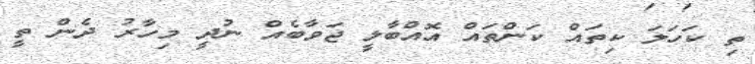
ތި ކަހަލަ ކިތައް ކަންތައް އޮއްބާލީ ޖަވާބެއް ނުދީ މިހާރު ދެން ތީ